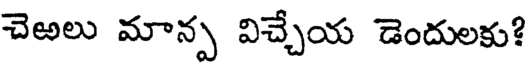
చెఱలు మాన్ప విచ్చేయ డెందులకు?